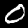
Digit: 0